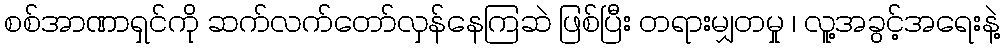
စစ်အာဏာရှင်ကို ဆက်လက်တော်လှန်နေကြဆဲ ဖြစ်ပြီး တရားမျှတမှု ၊ လူ့အခွင့်အရေးနဲ့